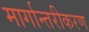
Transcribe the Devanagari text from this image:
मार्गान्तरीकरण